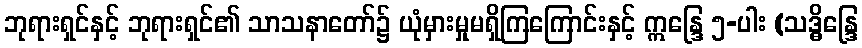
ဘုရားရှင်နှင့် ဘုရားရှင်၏ သာသနာတော်၌ ယုံမှားမှုမရှိကြကြောင်းနှင့် ဣန္ဒြေ ၅-ပါး (သဒ္ဓိန္ဒြေ